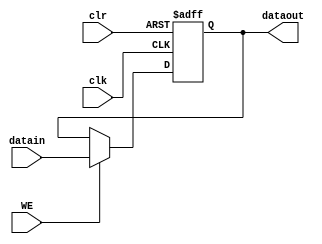
module single_register(datain, dataout, clk, clr, WE);
    input [31:0] datain;
    output [31:0] dataout;
    input clk, clr, WE;

    reg [31:0] register;

always @(posedge clk or posedge clr)
begin
  if(clr)
    register = 0;  
  else
    if(WE == 1)
    register =  datain;
end    
  assign dataout = register;

endmodule